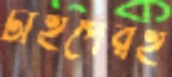
টাইপেরই